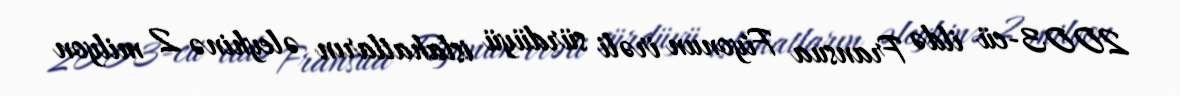
2003-cü ildə Fransua Fiyonun irəli sürdüyü islahatların əleyhinə 2 milyon